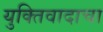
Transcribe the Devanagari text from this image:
युक्तिवादाचा